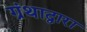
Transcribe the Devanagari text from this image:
ग्रंथाद्वारा